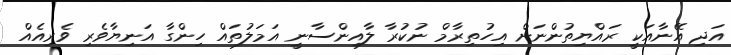
އަދި އޭނާއަކީ ރައްޔިތުންނަށް އިހުތިރާމް ނުކުރާ ލާއިންސާނީ އަމަލުތައް ހިންގާ އަނިޔާވެރި ވެރިއެއް